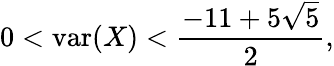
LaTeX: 0<\operatorname{var}(X)<{\frac{-11+5{\sqrt{5}}}{2}},